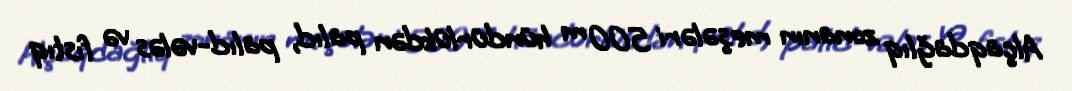
Alçaqdağlıq zonanın meşələri 500 m hündürlükdən palıd, palıd-vələs və fıstıq